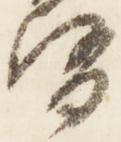
督